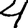
Digit: 4